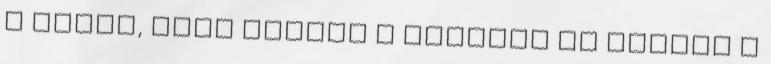
a chief, hogy ketten a partról és ketten a